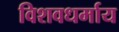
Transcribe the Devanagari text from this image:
विशवधर्माय